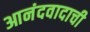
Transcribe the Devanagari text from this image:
आनंदवादाची